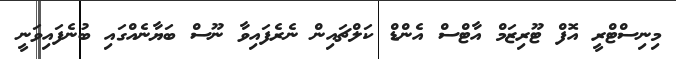
މިނިސްޓްރީ އޮފް ޓޫރިޒަމް އާޓްސް އެންޑް ކަލްޗައިން ނެރެފައިވާ ނޫސް ބަޔާނެއްގައި ބުނެފައިވަނީ